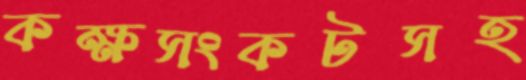
কক্ষসংকটসহ